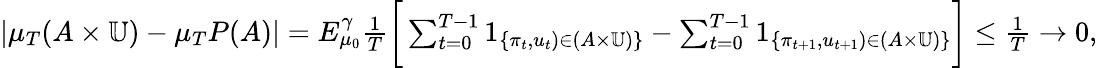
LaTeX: \begin{array}{r}{|\mu_{T}(A\times\mathbb{U})-\mu_{T}P(A)|=E_{\mu_{0}}^{\gamma}{\frac{1}{T}}\bigg[\sum_{t=0}^{T-1}1_{\{ \pi_{t},u_{t})\in(A\times\mathbb{U})\} }-\sum_{t=0}^{T-1}1_{\{ \pi_{t+1},u_{t+1})\in(A\times\mathbb{U})\} }\bigg]\leq{\frac{1}{T}}\to 0,}\end{array}